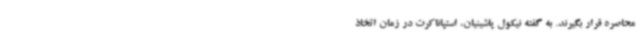
محاصره قرار بگیرند. به گفته نیکول پاشینیان، استپاناکرت در زمان اتخاذ